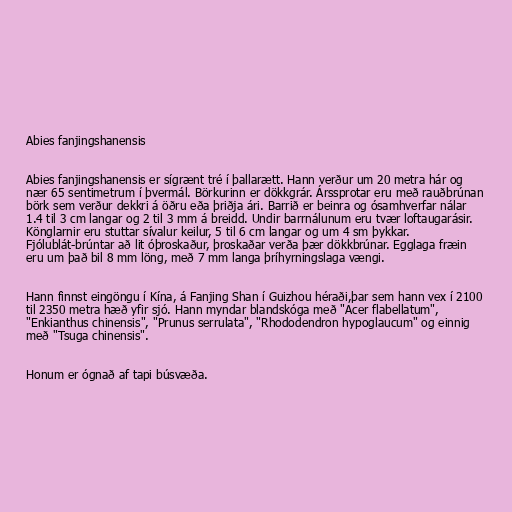
Abies fanjingshanensis

Abies fanjingshanensis er sígrænt tré í þallarætt. Hann verður um 20 metra hár og
nær 65 sentimetrum í þvermál. Börkurinn er dökkgrár. Árssprotar eru með rauðbrúnan
börk sem verður dekkri á öðru eða þriðja ári. Barrið er beinra og ósamhverfar nálar
1.4 til 3 cm langar og 2 til 3 mm á breidd. Undir barrnálunum eru tvær loftaugarásir.
Könglarnir eru stuttar sívalur keilur, 5 til 6 cm langar og um 4 sm þykkar.
Fjólublát-brúntar að lit óþroskaður, þroskaðar verða þær dökkbrúnar. Egglaga fræin
eru um það bil 8 mm löng, með 7 mm langa þríhyrningslaga vængi.

Hann finnst eingöngu í Kína, á Fanjing Shan í Guizhou héraði,þar sem hann vex í 2100
til 2350 metra hæð yfir sjó. Hann myndar blandskóga með "Acer flabellatum",
"Enkianthus chinensis", "Prunus serrulata", "Rhododendron hypoglaucum" og einnig
með "Tsuga chinensis".

Honum er ógnað af tapi búsvæða.